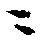
ニ